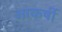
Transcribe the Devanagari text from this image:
आकर्षी